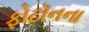
ફોટૉનના